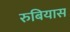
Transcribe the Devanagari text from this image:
रुबियास